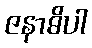
ဇနာဓိပါ